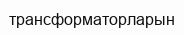
трансформаторларын